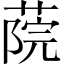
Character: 𦶤